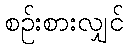
စဉ်းစားလျှင်